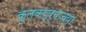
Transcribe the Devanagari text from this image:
कुलकण्र्याच्या